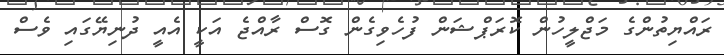
ރައްޔިތުންގެ މަޖްލީހުން ކޮރަޕްޝަން ފުހެވިގެން ގޮސް ރާއްޖެ އަކީ އެއީ ދުނިޔޭގައި ވެސް